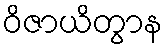
ဝိဇာယိတွာန